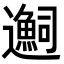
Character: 𬩬